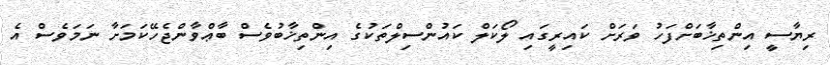
ރިޔާސީ އިންތިޚާބަށްފަހު ވަރަށް ކައިރީގައި ލޯކަލް ކައުންސިލްތަކުގެ އިންތިޚާބުވެސް ބާޢްވާންޖެހޭކަމަށާ ނަމަވެސް އެ